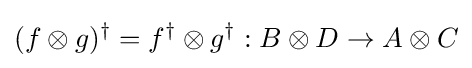
(f\otimes g)^{\dagger }=f^{\dagger }\otimes g^{\dagger }:B\otimes D\rightarrow A\otimes C